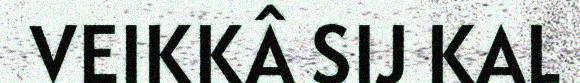
VEIKKÂ SIJ KAL